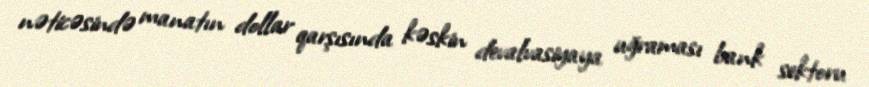
nəticəsində manatın dollar qarşısında kəskin devalvasiyaya uğraması bank sektoru